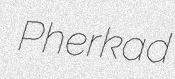
Pherkad